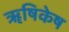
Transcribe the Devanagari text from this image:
ॠषिकेष